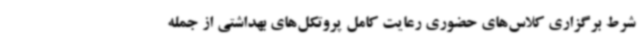
شرط برگزاری کلاس‌های حضوری رعایت کامل پروتکل‌های بهداشتی از جمله